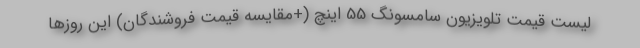
لیست قیمت تلویزیون سامسونگ 55 اینچ (+مقایسه قیمت فروشندگان) این روزها